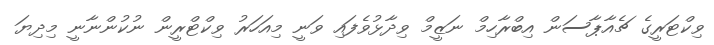
ވިކްޓަރީގެ ޗެއާޕާސަން އިބްރާހިމް ނަޒީމް ވިދާޅުވެފައި ވަނީ މިއަހަރު ވިކްޓްރީން ނުކުންނާނީ މިދިޔަ